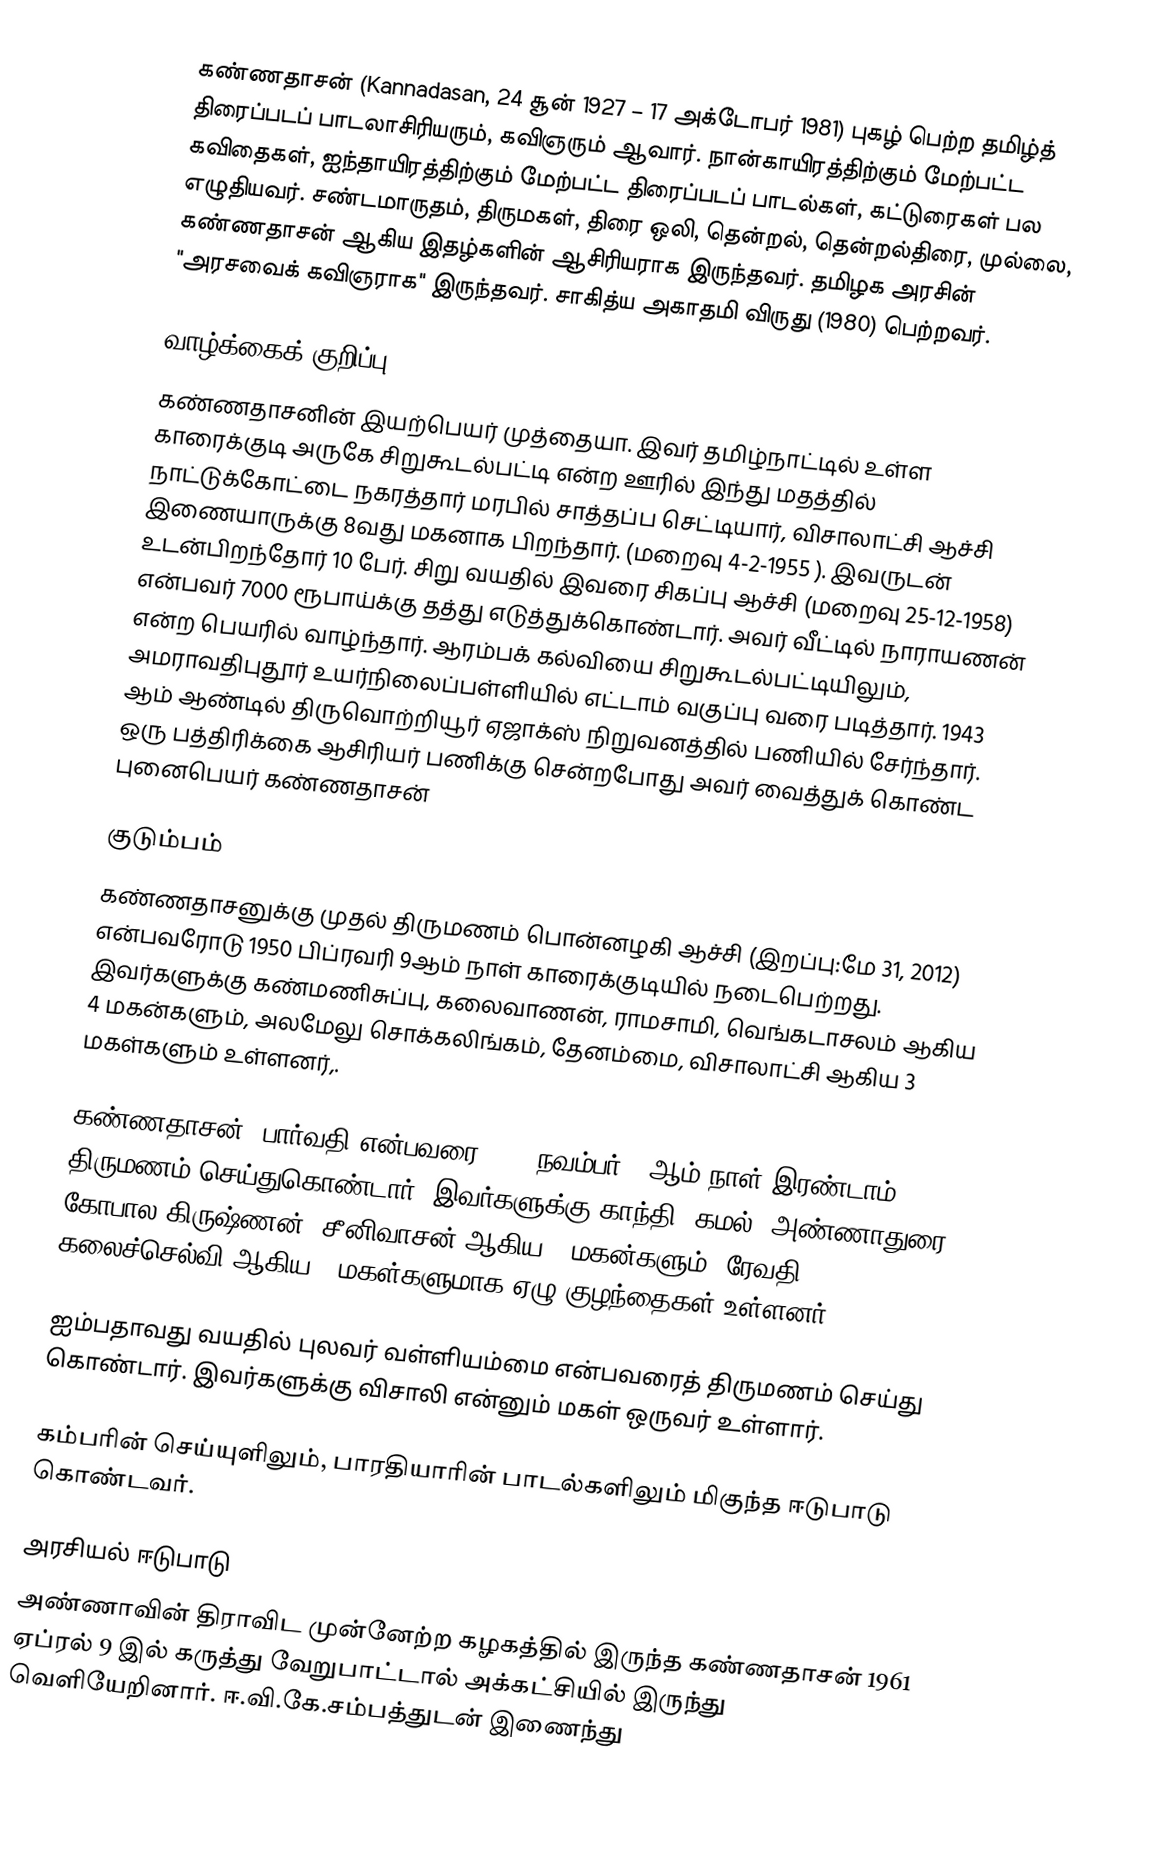
கண்ணதாசன் (Kannadasan, 24 சூன் 1927 – 17 அக்டோபர் 1981) புகழ் பெற்ற தமிழ்த் திரைப்படப் பாடலாசிரியரும், கவிஞரும் ஆவார். நான்காயிரத்திற்கும் மேற்பட்ட கவிதைகள், ஐந்தாயிரத்திற்கும் மேற்பட்ட திரைப்படப் பாடல்கள், கட்டுரைகள் பல எழுதியவர். சண்டமாருதம், திருமகள், திரை ஒலி, தென்றல், தென்றல்திரை, முல்லை, கண்ணதாசன் ஆகிய இதழ்களின் ஆசிரியராக இருந்தவர். தமிழக அரசின் "அரசவைக் கவிஞராக" இருந்தவர். சாகித்ய அகாதமி விருது (1980) பெற்றவர்.

வாழ்க்கைக் குறிப்பு
கண்ணதாசனின் இயற்பெயர் முத்தையா. இவர் தமிழ்நாட்டில் உள்ள காரைக்குடி அருகே சிறுகூடல்பட்டி என்ற ஊரில் இந்து மதத்தில் நாட்டுக்கோட்டை நகரத்தார் மரபில் சாத்தப்ப செட்டியார், விசாலாட்சி ஆச்சி இணையாருக்கு 8வது மகனாக பிறந்தார். (மறைவு 4-2-1955 ). இவருடன் உடன்பிறந்தோர் 10 பேர். சிறு வயதில் இவரை சிகப்பு ஆச்சி (மறைவு 25-12-1958)  என்பவர் 7000 ரூபாய்க்கு தத்து எடுத்துக்கொண்டார். அவர் வீட்டில் நாராயணன் என்ற பெயரில் வாழ்ந்தார். ஆரம்பக் கல்வியை சிறுகூடல்பட்டியிலும், அமராவதிபுதூர் உயர்நிலைப்பள்ளியில் எட்டாம் வகுப்பு வரை படித்தார். 1943 ஆம் ஆண்டில் திருவொற்றியூர் ஏஜாக்ஸ் நிறுவனத்தில் பணியில் சேர்ந்தார். ஒரு பத்திரிக்கை ஆசிரியர் பணிக்கு சென்றபோது அவர் வைத்துக் கொண்ட புனைபெயர் கண்ணதாசன்

குடும்பம்
கண்ணதாசனுக்கு முதல் திருமணம் பொன்னழகி ஆச்சி (இறப்பு:மே 31, 2012) என்பவரோடு 1950 பிப்ரவரி 9ஆம் நாள் காரைக்குடியில் நடைபெற்றது. இவர்களுக்கு கண்மணிசுப்பு, கலைவாணன், ராமசாமி, வெங்கடாசலம் ஆகிய 4 மகன்களும், அலமேலு சொக்கலிங்கம், தேனம்மை, விசாலாட்சி ஆகிய 3 மகள்களும் உள்ளனர்,.

கண்ணதாசன், பார்வதி என்பவரை 1951 நவம்பர் 11ஆம் நாள்  இரண்டாம் திருமணம் செய்துகொண்டார். இவர்களுக்கு காந்தி, கமல், அண்ணாதுரை, கோபால கிருஷ்ணன், சீனிவாசன் ஆகிய 5 மகன்களும், ரேவதி, கலைச்செல்வி ஆகிய 2 மகள்களுமாக ஏழு குழந்தைகள் உள்ளனர்.

ஐம்பதாவது வயதில் புலவர் வள்ளியம்மை என்பவரைத் திருமணம் செய்து கொண்டார். இவர்களுக்கு விசாலி என்னும் மகள் ஒருவர் உள்ளார்.

கம்பரின் செய்யுளிலும், பாரதியாரின் பாடல்களிலும் மிகுந்த ஈடுபாடு கொண்டவர்.

அரசியல் ஈடுபாடு
அண்ணாவின் திராவிட முன்னேற்ற கழகத்தில் இருந்த கண்ணதாசன் 1961 ஏப்ரல் 9 இல் கருத்து வேறுபாட்டால் அக்கட்சியில் இருந்து வெளியேறினார். ஈ.வி.கே.சம்பத்துடன் இணைந்து